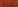
ALWA